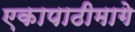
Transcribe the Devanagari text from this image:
एकापाठीमागे